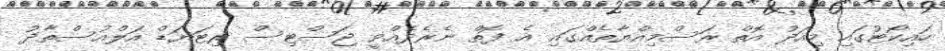
ހައިކޯޓުގައި މިއަދު އޮތް ރަސްމިއްޔާތެއްގައި އެ ފޮތް ނެރެދެއްވީ ޖަސްޓިސް ރިޓަޔަޑް އަލްއުސްތާޛު